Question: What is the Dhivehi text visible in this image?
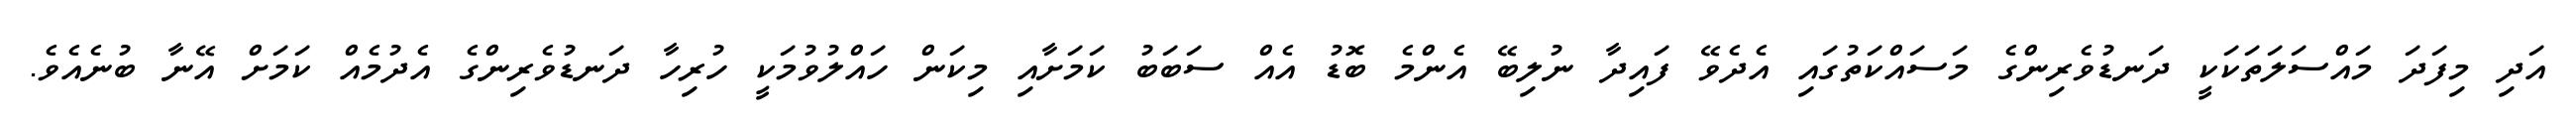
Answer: އަދި މިފަދަ މައްސަލަތަކަކީ ދަނޑުވެރިންގެ މަސައްކަތުގައި އެދެވޭ ފައިދާ ނުލިބޭ އެންމެ ބޮޑު އެއް ސަބަބު ކަމަށާއި މިކަން ހައްލުވުމަކީ ހުރިހާ ދަނޑުވެރިންގެ އެދުމެއް ކަމަށް އޭނާ ބުނެއެވެ.